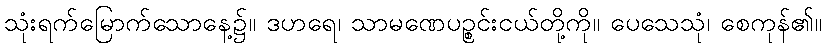
သုံးရက်မြောက်သောနေ့၌။ ဒဟရေ၊ သာမဏေပဉ္စင်းငယ်တို့ကို။ ပေသေသုံ၊ စေကုန်၏။